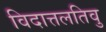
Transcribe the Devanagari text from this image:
विदात्तलतिवु